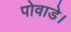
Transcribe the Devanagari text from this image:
पोवाडे।